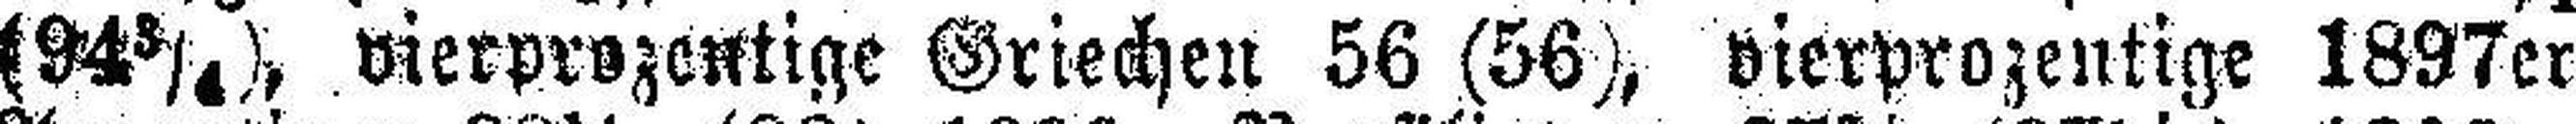
(94¾), vierprozentige Griechen 56 (56), vierprozentige 1897er